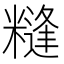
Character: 𱹚